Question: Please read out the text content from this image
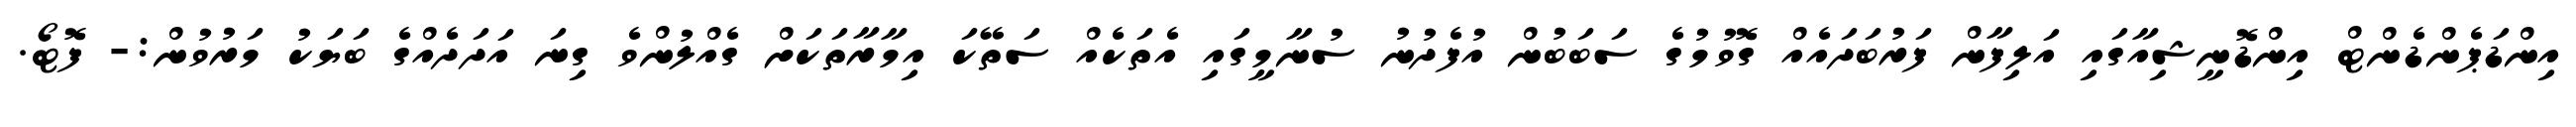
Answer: އިންޑަޕެންޑެންޓް އިންޑޮނީޝިއާގައި އަލިފާން ފަރުބަދައެއް ގޮވުމުގެ ސަބަބުން އުފެދުނު ސުނާމީގައި އެތަކެއް ސަތޭކަ އިމާރާތަކަށް ގެއްލުންވެ ގިނަ އަދަދެއްގެ ބަޔަކު މަރުވުން:- ފޮޓޯ.